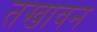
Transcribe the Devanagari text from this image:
तखावन